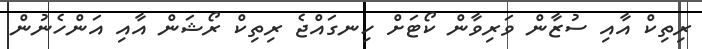
ރިތިކް އާއި ސުޒާން ވަރިވާން ކޯޓަށް ހިނގައްޖެ ރިތިކް ރޯޝަން އާއި އަންހެނުން